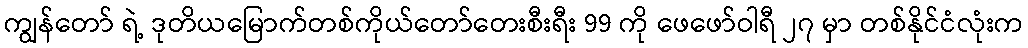
ကျွန်တော် ရဲ့ ဒုတိယမြောက်တစ်ကိုယ်တော်တေးစီးရီး 99 ကို ဖေဖော်ဝါရီ ၂၇ မှာ တစ်နိုင်ငံလုံးက